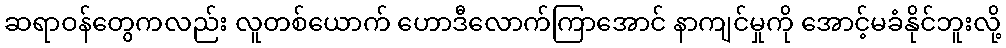
ဆရာဝန်တွေကလည်း လူတစ်ယောက် ဟောဒီလောက်ကြာအောင် နာကျင်မှုကို အောင့်မခံနိုင်ဘူးလို့